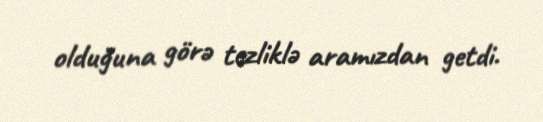
olduğuna görə tezliklə aramızdan getdi.